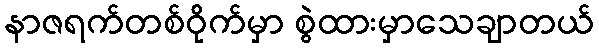
နာဇရက်တစ်ဝိုက်မှာ စွဲထားမှာသေချာတယ်